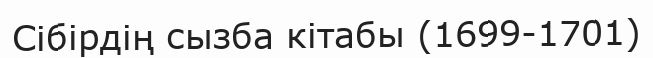
Сібірдің сызба кітабы (1699-1701)